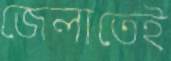
জেলাতেই